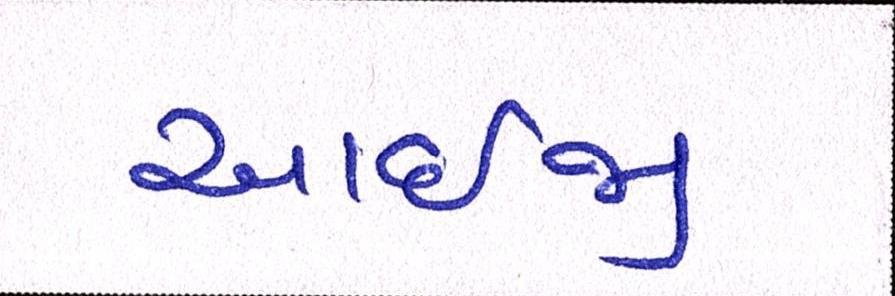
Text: આઇજી